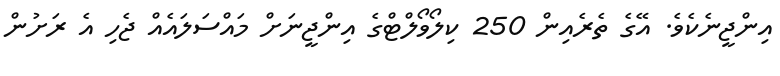
އިންޖީނެކެވެ. އޭގެ ތެރެއިން 250 ކިލޯވޯލްޓްގެ އިންޖީނަށް މައްސަލައެއް ޖެހި އެ ރަށުން